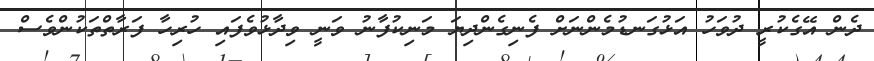
ދެން އޭގެކުރީ ދުވަހު އަޅުގަނޑުމެންނަށް ފެނިގެންދިޔަ މަނިކުފާނު ވަނީ ވިދާޅުވެފައި ހުރިހާ ފަރާތްތަކުންވެސް